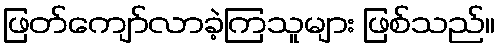
ဖြတ်ကျော်လာခဲ့ကြသူများ ဖြစ်သည်။